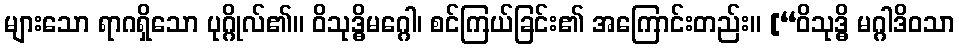
များသော ရာဂရှိသော ပုဂ္ဂိုလ်၏။ ဝိသုဒ္ဓိမဂ္ဂေါ၊ စင်ကြယ်ခြင်း၏ အကြောင်းတည်း။ [“ဝိသုဒ္ဓိ မဂ္ဂါဒိဝသာ